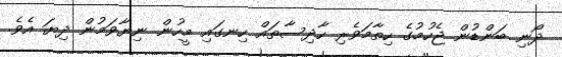
ދޯނި ބަންޑުން ޖެހުމުގެ ހިތާމަވެރި ހާދިސާތައް ހިނގައި މީހުން ނިޔާވަމުން ދިޔަ އެވެ.